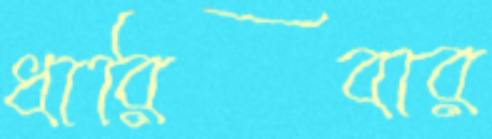
ধারিবার